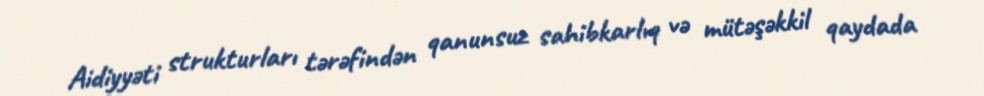
Aidiyyəti strukturları tərəfindən qanunsuz sahibkarlıq və mütəşəkkil qaydada